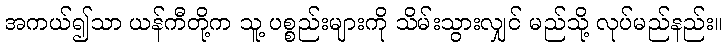
အကယ်၍သာ ယန်ကီတို့က သူ့ ပစ္စည်းများကို သိမ်းသွားလျှင် မည်သို့ လုပ်မည်နည်း။